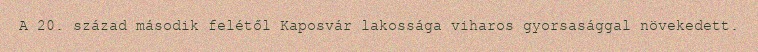
A 20. század második felétől Kaposvár lakossága viharos gyorsasággal növekedett.